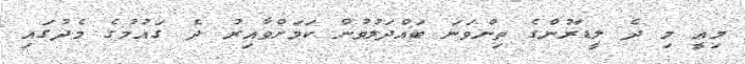
މިއީ މި ދެ ލީޑަރުންގެ ތިންވަނަ ބައްދަލުވުން ކަމަށްވާއިރު ދެ ގައުމުގެ މެދުގައި